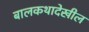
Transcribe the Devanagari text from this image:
बालकथादेखील